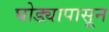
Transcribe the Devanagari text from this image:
घोड्यापासून